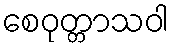
စေဝုတ္တာသဝါ